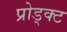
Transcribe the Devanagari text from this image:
प्रोड्क्ट